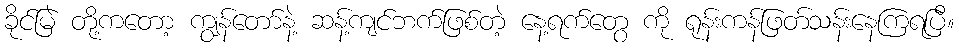
ခိုင်မြဲ တို့ကတော့ ကျွန်တော်နဲ့ ဆန့်ကျင်ဘက်ဖြစ်တဲ့ နေ့ရက်တွေ ကို ရုန်းကန်ဖြတ်သန်းနေကြရပြီ။